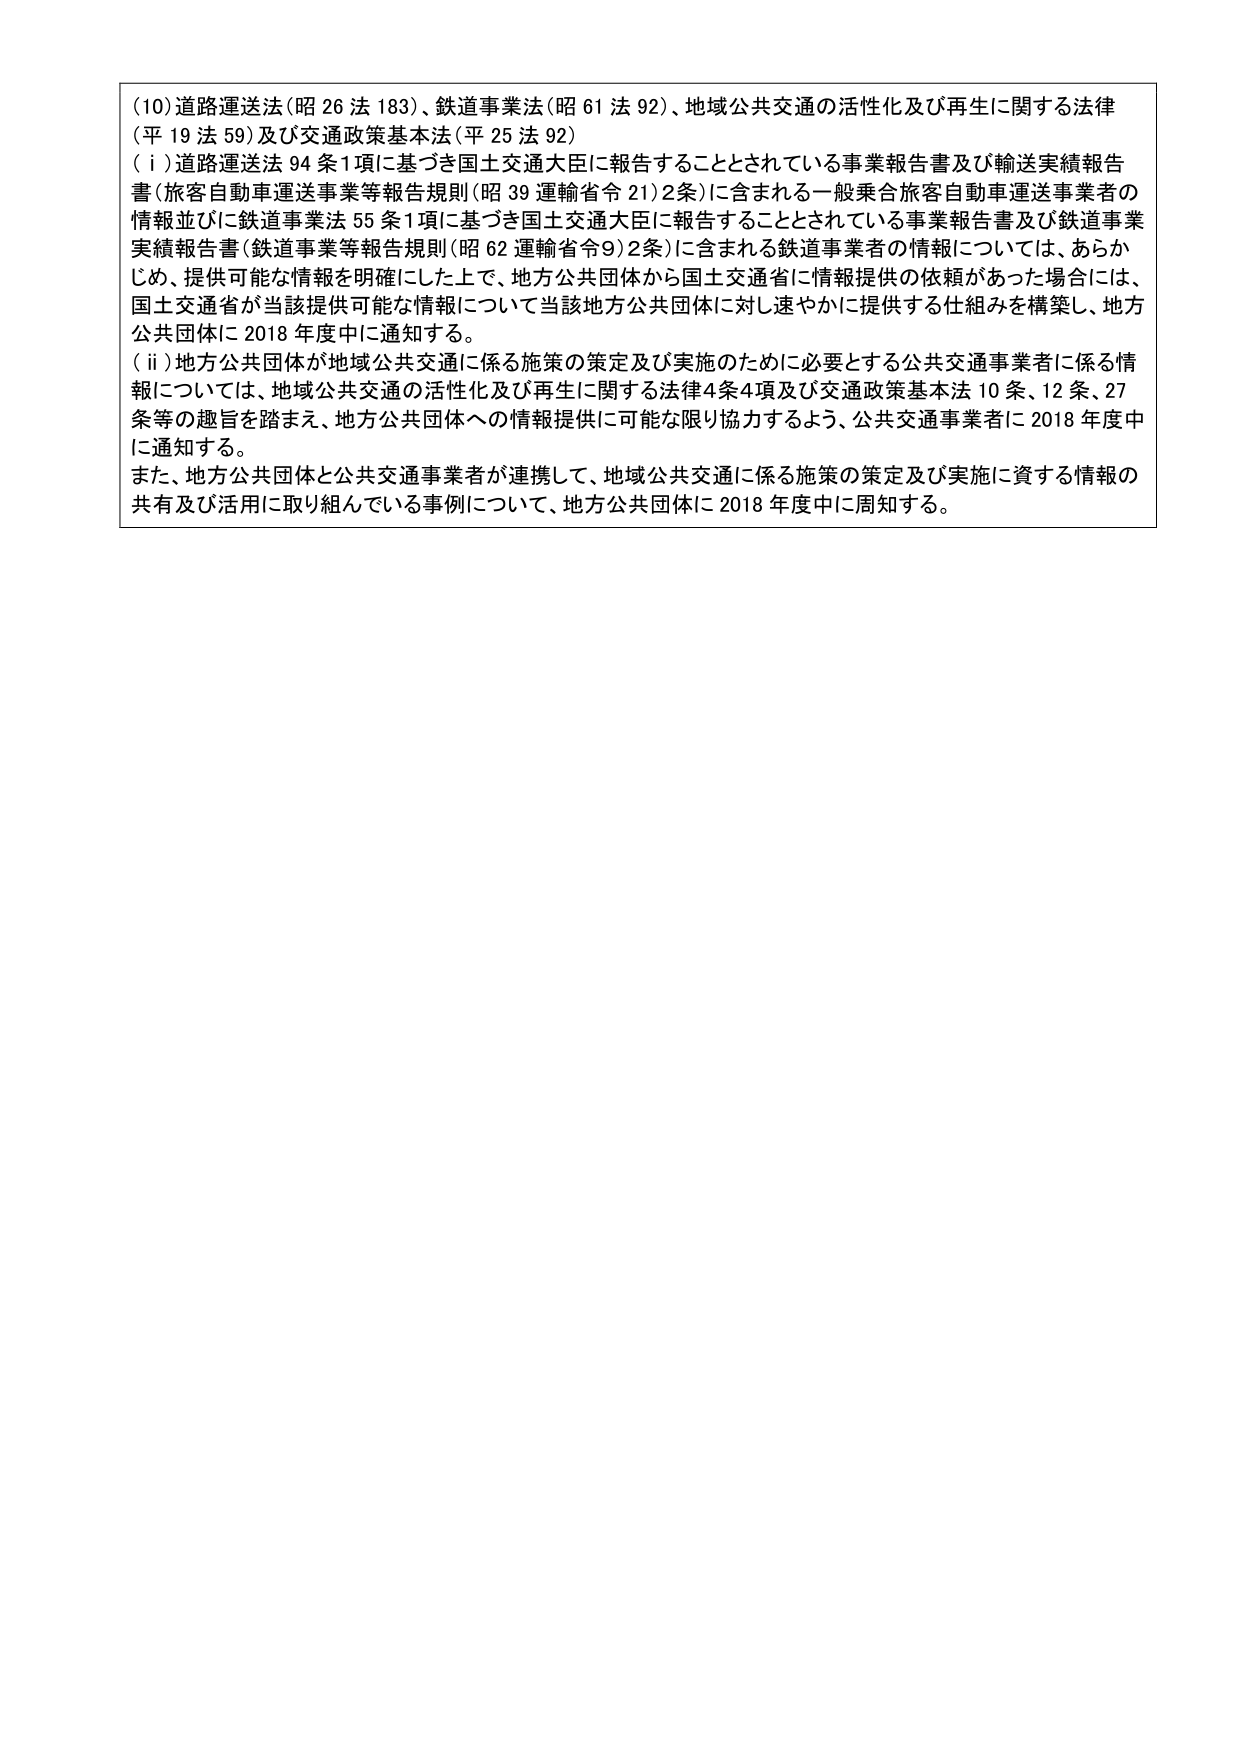
(10)道路運送法(昭26法183)、鉄道事業法(昭61法92)、地域公共交通の活性化及び再生に関する法律(平19法59)及び交通政策基本法(平25法92)
(i)道路運送法94条1項に基づき国土交通大臣に報告することとされている事業報告書及び輸送実績報告書(旅客自動車運送事業等報告規則(昭39運輸省令21)2条)に含まれる一般乗合旅客自動車運送事業者の情報並びに鉄道事業法55条1項に基づき国土交通大臣に報告することとされている事業報告書及び鉄道事業実績報告書(鉄道事業等報告規則(昭62運輸省令9)2条)に含まれる鉄道事業者の情報については、あらかじめ、提供可能な情報を明確にした上で、地方公共団体から国土交通省に情報提供の依頼があった場合には、国土交通省が当該提供可能な情報について当該地方公共団体に対し速やかに提供する仕組みを構築し、地方公共団体に2018年度中に通知する。
(ii)地方公共団体が地域公共交通に係る施策の策定及び実施のために必要とする公共交通事業者に係る情報については、地域公共交通の活性化及び再生に関する法律4条4項及び交通政策基本法10条、12条、27条等の趣旨を踏まえ、地方公共団体への情報提供に可能な限り協力するよう、公共交通事業者に2018年度中に通知する。
また、地方公共団体と公共交通事業者が連携して、地域公共交通に係る施策の策定及び実施に資する情報の共有及び活用に取り組んでいる事例について、地方公共団体に2018年度中に周知する。